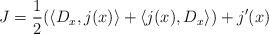
LaTeX: \begin{align*}J= \frac{1}{2} (\langle D_x,j(x)\rangle +\langle j(x),D_x\rangle )+j'(x)\end{align*}